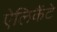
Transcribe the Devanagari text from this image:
ऐलिकैंटे